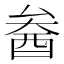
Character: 𨠒